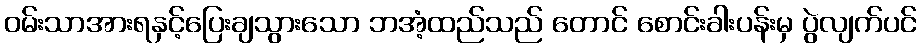
ဝမ်းသာအားရနှင့်ပြေးချသွားသော ဘအံ့ထည်သည် တောင် စောင်းခါးပန်းမှ ပွဲလျက်ပင်